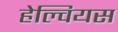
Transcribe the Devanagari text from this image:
हेल्वियस